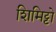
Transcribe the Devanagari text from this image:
शिमिट्टो